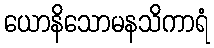
ယောနိသောမနသိကာရံ